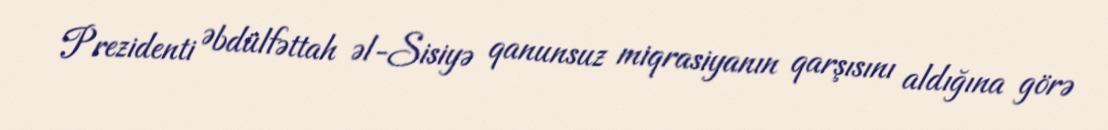
Prezidenti Əbdülfəttah əl-Sisiyə qanunsuz miqrasiyanın qarşısını aldığına görə